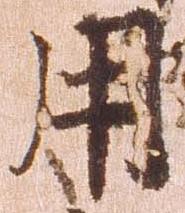
用